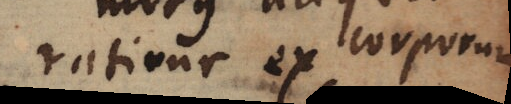
ratione ex corporum